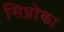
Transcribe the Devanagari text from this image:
सिघ्रोका